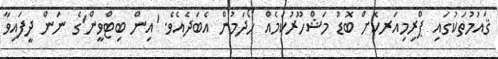
ޤައުމުތަކުގައި ޕްރިމިއަރކޮށް ބޮޑު މަޝްހޫރުކަމެއް ހޯދަމުން އެބަދެއެވެ. 'އިން ބިޓްވީން'ގެ ނަން ދީފައިވާ